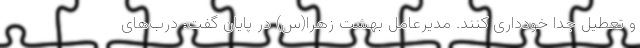
و تعطیل جداً خودداری کنند. مدیرعامل بهشت زهرا(س) در پایان گفت: درب‌های